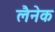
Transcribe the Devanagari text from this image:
लैनेक